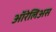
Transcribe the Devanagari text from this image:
ऑरेलिअस